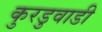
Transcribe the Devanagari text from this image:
कुरडुवाडी